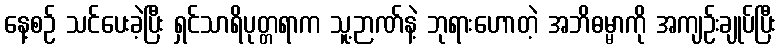
နေ့စဉ် သင်ပေးခဲ့ပြီး ရှင်သာရိပုတ္တရာက သူ့ဉာဏ်နဲ့ ဘုရားဟောတဲ့ အဘိဓမ္မာကို အကျဉ်းချုပ်ပြီး